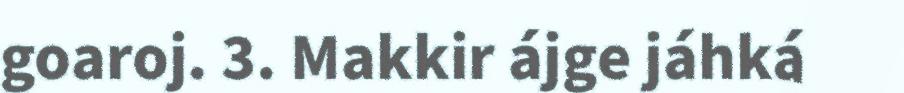
goaroj. 3. Makkir ájge jáhká